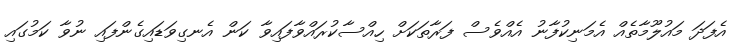
އެފަދަ މައުލޫމާތެއް އެމަނިކުފާނު އެއްވެސް ފަރާތަކަށް ހިއްސާކުރައްވާފައިވާ ކަން އެނގިވަޑައިގެންފައި ނުވާ ކަމުގައި